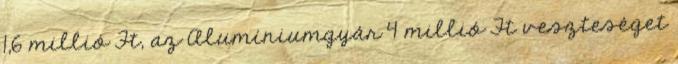
1,6 millió Ft, az Alumíniumgyár 4 millió Ft veszteséget